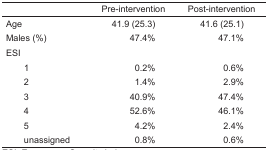
<table><thead><tr><td></td><td><b>Pre-intervention</b></td><td><b>Post-intervention</b></td></tr></thead><tbody><tr><td>Age</td><td>41.9 (25.3)</td><td>41.6 (25.1)</td></tr><tr><td>Males (%)</td><td>47.4%</td><td>47.1%</td></tr><tr><td colspan="3">ESI</td></tr><tr><td> 1</td><td>0.2%</td><td>0.6%</td></tr><tr><td> 2</td><td>1.4%</td><td>2.9%</td></tr><tr><td> 3</td><td>40.9%</td><td>47.4%</td></tr><tr><td> 4</td><td>52.6%</td><td>46.1%</td></tr><tr><td> 5</td><td>4.2%</td><td>2.4%</td></tr><tr><td> unassigned</td><td>0.8%</td><td>0.6%</td></tr></tbody></table>